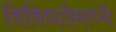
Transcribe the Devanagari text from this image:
विविधतेमध्ये